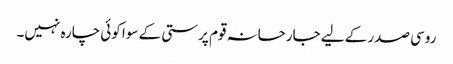
روسی صدر کے لیے جارحانہ قوم پرستی کے سوا کوئی چارہ نہیں۔